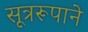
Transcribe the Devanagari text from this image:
सूत्ररूपाने